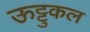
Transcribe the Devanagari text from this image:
ऊट्टुकल